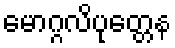
မောဂ္ဂလိပုတ္တေန